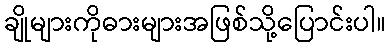
ချိုများကိုဓားများအဖြစ်သို့ပြောင်းပါ။